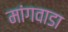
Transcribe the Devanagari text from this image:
मांगवाडा